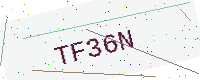
Text: TF36N